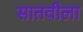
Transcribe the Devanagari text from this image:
सातवीला